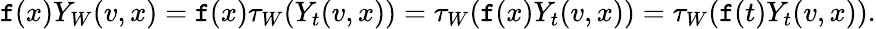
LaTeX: \mathtt{f}(x)Y_{W}(v,x)=\mathtt{f}(x)\tau_{W}(Y_{t}(v,x))=\tau_{W}(\mathtt{f}(x)Y_{t}(v,x))=\tau_{W}(\mathtt{f}(t)Y_{t}(v,x)).